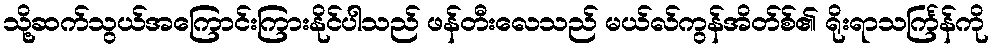
သို့ဆက်သွယ်အကြောင်းကြားနိုင်ပါသည် ဖန်တီးလေသည် မယ်လ်ကွန်အိတ်စ်၏ ရိုးရာသင်္ကြန်ကို